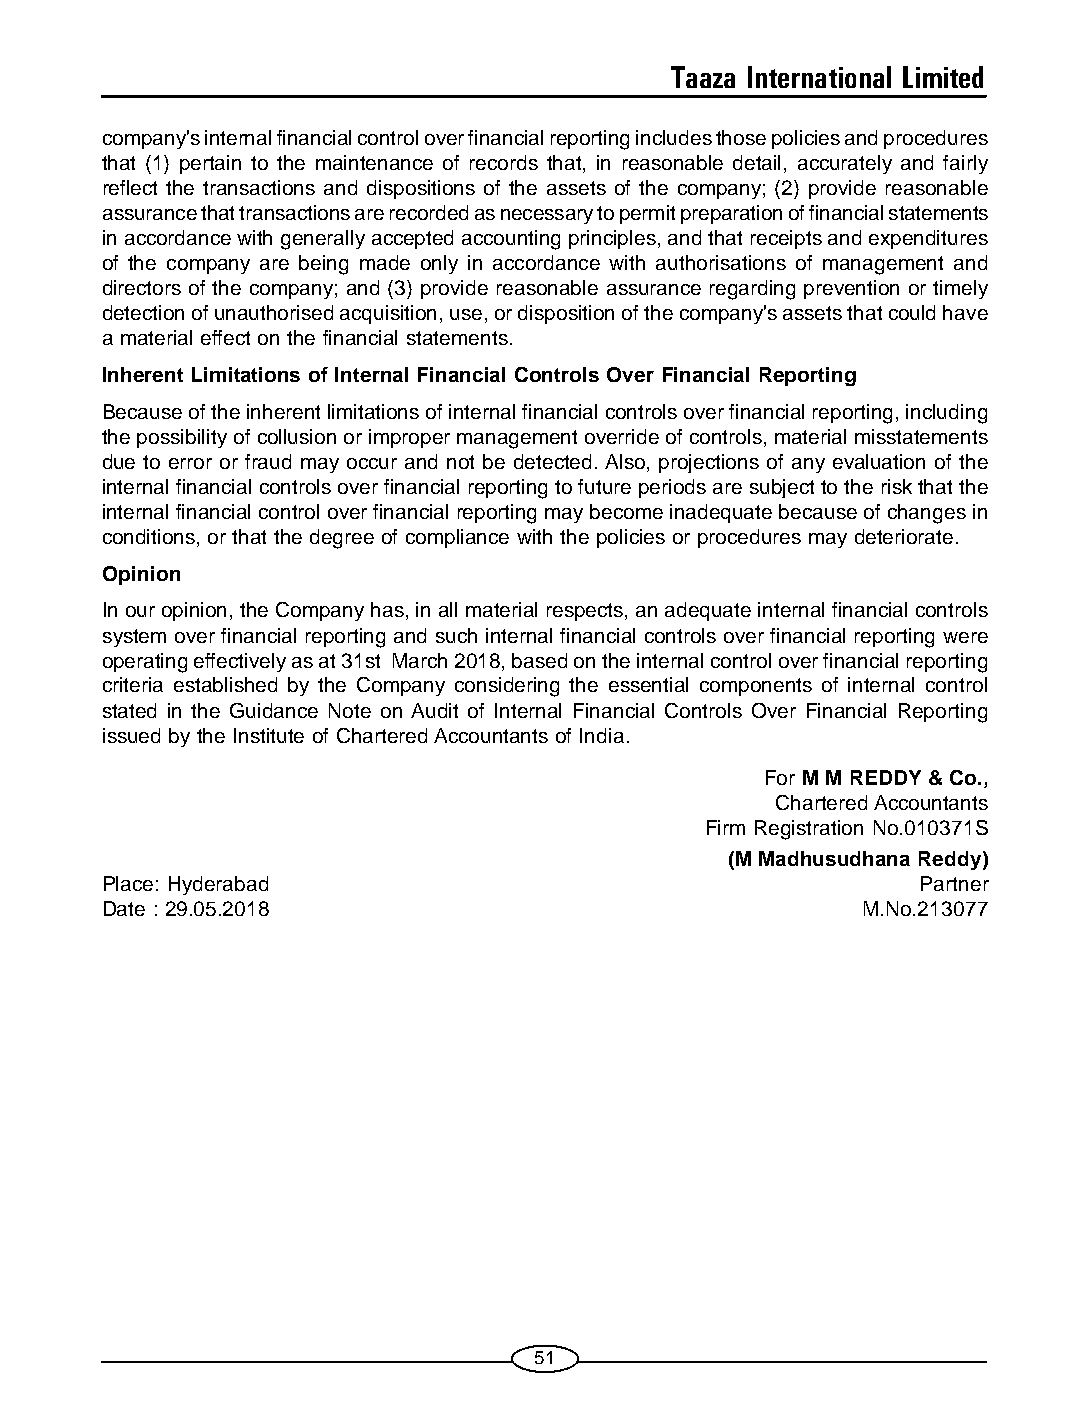
Taaza International Limited
 company's internal financial control over financial reporting includes those policies and procedures
 that (1) pertain to the maintenance of records that, in reasonable detail, accurately and fairly
 reflect the transactions and dispositions of the assets of the company; (2) provide reasonable
 assurance that transactions are recorded as necessary to permit preparation of financial statements
 in accordance with generally accepted accounting principles, and that receipts and expenditures
 of the company are being made only in accordance with authorisations of management and
 directors of the company; and (3) provide reasonable assurance regarding prevention or timely
 detection of unauthorised acquisition, use, or disposition of the company's assets that could have
 a material effect on the financial statements.
 Inherent Limitations of Internal Financial Controls Over Financial Reporting
 Because of the inherent limitations of internal financial controls over financial reporting, including
 the possibility of collusion or improper management override of controls, material misstatements
 due to error or fraud may occur and not be detected. Also, projections of any evaluation of the
 internal financial controls over financial reporting to future periods are subject to the risk that the
 internal financial control over financial reporting may become inadequate because of changes in
 conditions, or that the degree of compliance with the policies or procedures may deteriorate.
 Opinion
 In our opinion, the Company has, in all material respects, an adequate internal financial controls
 system over financial reporting and such internal financial controls over financial reporting were
 operating effectively as at 31st March 2018, based on the internal control over financial reporting
 criteria established by the Company considering the essential components of internal control
 stated in the Guidance Note on Audit of Internal Financial Controls Over Financial Reporting
 issued by the Institute of Chartered Accountants of India.
 For M M REDDY & Co.,
 Chartered Accountants
 Firm Registration No.010371S
 (M Madhusudhana Reddy)
 Place: Hyderabad                                      Partner
 Date : 29.05.2018                                 M.No.213077
 51